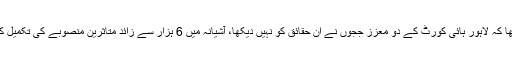
نعیم بخاری کا کہنا تھا کہ لاہور ہائی کورٹ کے دو معزز ججوں نے ان حقائق کو نہیں دیکھا، آشیانہ میں 6 ہزار سے زائد متاثرین منصوبے کی تکمیل کا انتظار کررہے ہیں۔